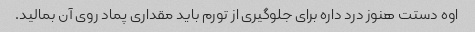
اوه دستت هنوز درد داره برای جلوگیری از تورم باید مقداری پماد روی آن بمالید.